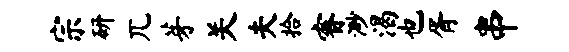
宗研兀芽关夫拾睿渺渴也胥串